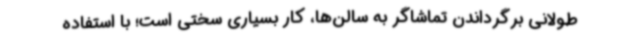
طولانی برگرداندن تماشاگر به سالن‌ها، کار بسیاری سختی است؛ با استفاده